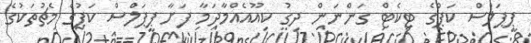
ޕީޕަލްސް ކަޕްގެ ޓިކެޓް ގަންނަން ދިގު ކިއޫއެއްމާދަމާ ފަށާ ޕީޕަލްސް ކަޕުގެ މެޗުތަކުގެ